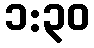
၁:၃၀